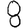
Digit: 8